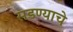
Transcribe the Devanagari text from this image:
सडण्याचे